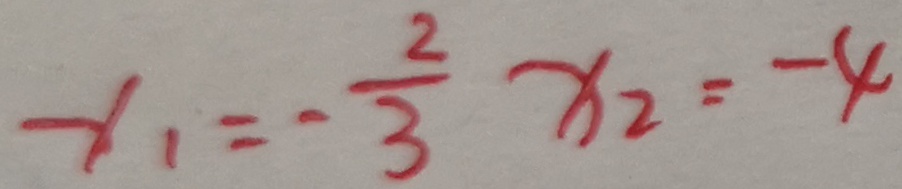
x _ { 1 } = - \frac { 2 } { 3 } x _ { 2 } = - 4